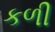
કળી